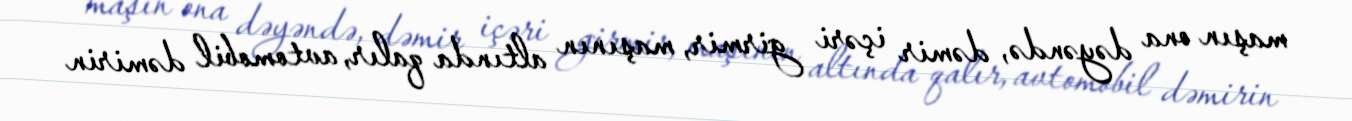
maşın ona dəyəndə, dəmir içəri girmir, maşının altında qalır, avtomobil dəmirin